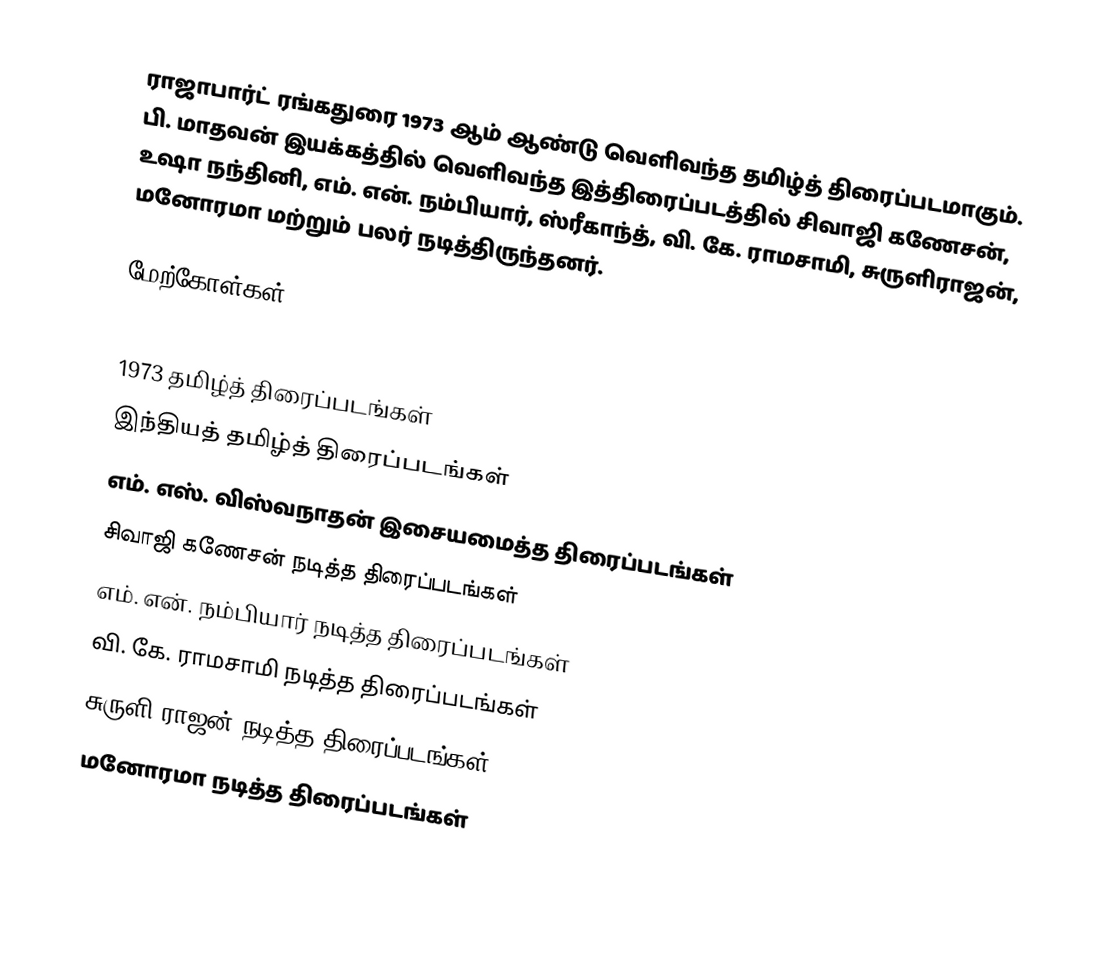
ராஜாபார்ட் ரங்கதுரை 1973 ஆம் ஆண்டு வெளிவந்த தமிழ்த் திரைப்படமாகும். பி. மாதவன்  இயக்கத்தில் வெளிவந்த இத்திரைப்படத்தில் சிவாஜி கணேசன், உஷா நந்தினி, எம். என். நம்பியார், ஸ்ரீகாந்த், வி. கே. ராமசாமி, சுருளிராஜன், மனோரமா மற்றும் பலர் நடித்திருந்தனர்.

மேற்கோள்கள்

1973 தமிழ்த் திரைப்படங்கள்
இந்தியத் தமிழ்த் திரைப்படங்கள்
எம். எஸ். விஸ்வநாதன் இசையமைத்த திரைப்படங்கள்
சிவாஜி கணேசன் நடித்த திரைப்படங்கள்
எம். என். நம்பியார் நடித்த திரைப்படங்கள்
வி. கே. ராமசாமி நடித்த திரைப்படங்கள்
சுருளி ராஜன் நடித்த திரைப்படங்கள்
மனோரமா நடித்த திரைப்படங்கள்